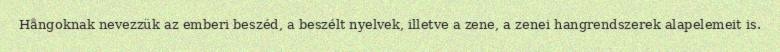
Hangoknak nevezzük az emberi beszéd, a beszélt nyelvek, illetve a zene, a zenei hangrendszerek alapelemeit is.